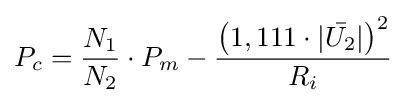
P_{c}={\frac {N_{1}}{N_{2}}}\cdot P_{m}-{\frac {\left(1,111\cdot |{\bar {U_{2}}}|\right)^{2}}{R_{i}}}